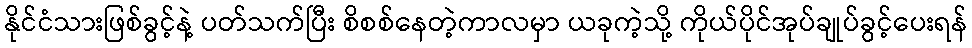
နိုင်ငံသားဖြစ်ခွင့်နဲ့ ပတ်သက်ပြီး စိစစ်နေတဲ့ကာလမှာ ယခုကဲ့သို့ ကိုယ်ပိုင်အုပ်ချုပ်ခွင့်ပေးရန်